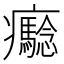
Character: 𤼔